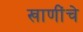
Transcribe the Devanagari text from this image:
खाणींचे